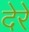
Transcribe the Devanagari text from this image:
देरे